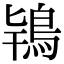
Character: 𮬰